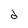
Character: d